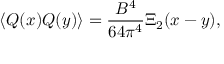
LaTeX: \langle Q ( x ) Q ( y ) \rangle = { \frac { B ^ { 4 } } { 6 4 \pi ^ { 4 } } } \Xi _ { 2 } ( x - y ) ,